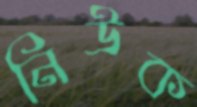
নিউক